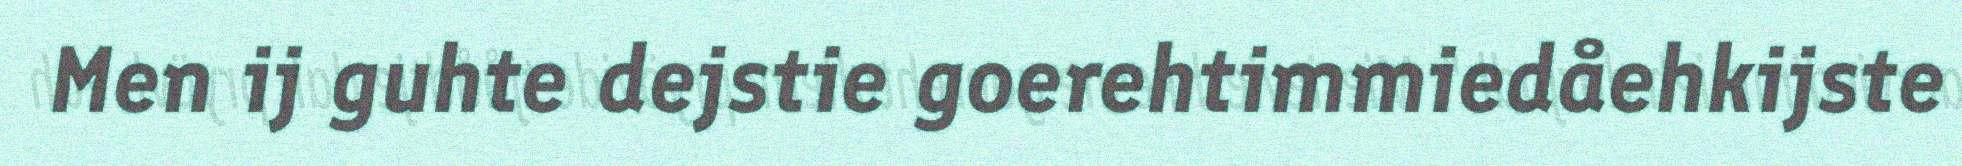
Men ij guhte dejstie goerehtimmiedåehkijste